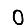
Digit: 0